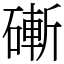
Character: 𥕌